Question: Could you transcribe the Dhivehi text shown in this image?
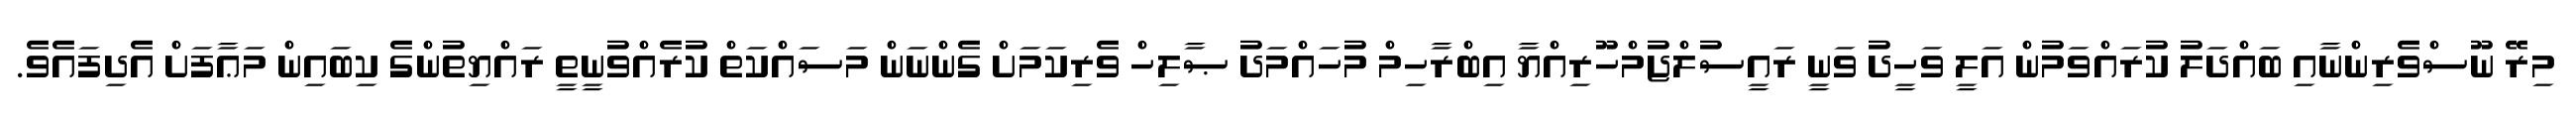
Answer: މިރޭ ނޫސްވެރިންނާއި ބައްދަލު ކުރައްވަމުން އަލީ ވަހީދު ވަނީ ރައީސުލްޖުމްހޫރިއްޔާ އިބްރާހިމް މުހައްމަދު ޞާލިހް ވެރިކަމަށް ގެންނަން މަސައްކަތް ކުރެއްވުނީތީ ރައްޔިތުންގެ ކިބައިން މަޢާފަށް އެދިފައެވެ.